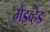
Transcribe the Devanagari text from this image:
मेडव्हेड